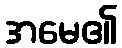
အမေ၏